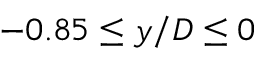
- 0 . 8 5 \leq y / D \leq 0